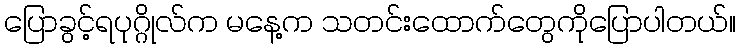
ပြောခွင့်ရပုဂ္ဂိုလ်က မနေ့က သတင်းထောက်တွေကိုပြောပါတယ်။